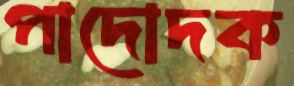
পাদোদক